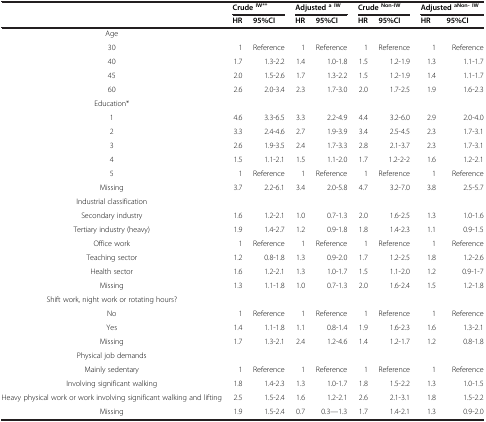
<table><thead><tr><td><b> </b></td><td colspan="2"><b>Crude<sup>IW**</sup></b></td><td colspan="2"><b>Adjusted<sup>a IW</sup></b></td><td colspan="2"><b>Crude<sup>Non-IW</sup></b></td><td colspan="2"><b>Adjusted<sup>aNon- IW</sup></b></td></tr><tr><td><b> </b></td><td><b>HR</b></td><td><b>95%CI</b></td><td><b>HR</b></td><td><b>95%CI</b></td><td><b>HR</b></td><td><b>95%CI</b></td><td><b>HR</b></td><td><b>95%CI</b></td></tr></thead><tbody><tr><td>Age</td><td colspan="8"> </td></tr><tr><td>30</td><td>1</td><td>Reference</td><td>1</td><td>Reference</td><td>1</td><td>Reference</td><td>1</td><td>Reference</td></tr><tr><td>40</td><td>1.7</td><td>1.3-2.2</td><td>1.4</td><td>1.0-1.8</td><td>1.5</td><td>1.2-1.9</td><td>1.3</td><td>1.1-1.7</td></tr><tr><td>45</td><td>2.0</td><td>1.5-2.6</td><td>1.7</td><td>1.3-2.2</td><td>1.5</td><td>1.2-1.9</td><td>1.4</td><td>1.1-1.7</td></tr><tr><td>60</td><td>2.6</td><td>2.0-3.4</td><td>2.3</td><td>1.7-3.0</td><td>2.0</td><td>1.7-2.5</td><td>1.9</td><td>1.6-2.3</td></tr><tr><td>Education*</td><td colspan="8"> </td></tr><tr><td>1</td><td>4.6</td><td>3.3-6.5</td><td>3.3</td><td>2.2-4.9</td><td>4.4</td><td>3.2-6.0</td><td>2.9</td><td>2.0-4.0</td></tr><tr><td>2</td><td>3.3</td><td>2.4-4.6</td><td>2.7</td><td>1.9-3.9</td><td>3.4</td><td>2.5-4.5</td><td>2.3</td><td>1.7-3.1</td></tr><tr><td>3</td><td>2.6</td><td>1.9-3.5</td><td>2.4</td><td>1.7-3.3</td><td>2.8</td><td>2.1-3.7</td><td>2.3</td><td>1.7-3.1</td></tr><tr><td>4</td><td>1.5</td><td>1.1-2.1</td><td>1.5</td><td>1.1-2.0</td><td>1.7</td><td>1.2-2-2</td><td>1.6</td><td>1.2-2.1</td></tr><tr><td>5</td><td>1</td><td>Reference</td><td>1</td><td>Reference</td><td>1</td><td>Reference</td><td>1</td><td>Reference</td></tr><tr><td>Missing</td><td>3.7</td><td>2.2-6.1</td><td>3.4</td><td>2.0-5.8</td><td>4.7</td><td>3.2-7.0</td><td>3.8</td><td>2.5-5.7</td></tr><tr><td>Industrial classification</td><td colspan="8"> </td></tr><tr><td>Secondary industry</td><td>1.6</td><td>1.2-2.1</td><td>1.0</td><td>0.7-1.3</td><td>2.0</td><td>1.6-2.5</td><td>1.3</td><td>1.0-1.6</td></tr><tr><td>Tertiary industry (heavy)</td><td>1.9</td><td>1.4-2.7</td><td>1.2</td><td>0.9-1.8</td><td>1.8</td><td>1.4-2.3</td><td>1.1</td><td>0.9-1.5</td></tr><tr><td>Office work</td><td>1</td><td>Reference</td><td>1</td><td>Reference</td><td>1</td><td>Reference</td><td>1</td><td>Reference</td></tr><tr><td>Teaching sector</td><td>1.2</td><td>0.8-1.8</td><td>1.3</td><td>0.9-2.0</td><td>1.7</td><td>1.2-2.5</td><td>1.8</td><td>1.2-2.6</td></tr><tr><td>Health sector</td><td>1.6</td><td>1.2-2.1</td><td>1.3</td><td>1.0-1.7</td><td>1.5</td><td>1.1-2.0</td><td>1.2</td><td>0.9-1-7</td></tr><tr><td>Missing</td><td>1.3</td><td>1.1-1.8</td><td>1.0</td><td>0.7-1.3</td><td>2.0</td><td>1.6-2.4</td><td>1.5</td><td>1.2-1.8</td></tr><tr><td>Shift work, night work or rotating hours?</td><td colspan="8"> </td></tr><tr><td>No</td><td>1</td><td>Reference</td><td>1</td><td>Reference</td><td>1</td><td>Reference</td><td>1</td><td>Reference</td></tr><tr><td>Yes</td><td>1.4</td><td>1.1-1.8</td><td>1.1</td><td>0.8-1.4</td><td>1.9</td><td>1.6-2.3</td><td>1.6</td><td>1.3-2.1</td></tr><tr><td>Missing</td><td>1.7</td><td>1.3-2.1</td><td>2.4</td><td>1.2-4.6</td><td>1.4</td><td>1.2-1.7</td><td>1.2</td><td>0.8-1.8</td></tr><tr><td>Physical job demands</td><td colspan="8"> </td></tr><tr><td>Mainly sedentary</td><td>1</td><td>Reference</td><td>1</td><td>Reference</td><td>1</td><td>Reference</td><td>1</td><td>Reference</td></tr><tr><td>Involving significant walking</td><td>1.8</td><td>1.4-2.3</td><td>1.3</td><td>1.0-1.7</td><td>1.8</td><td>1.5-2.2</td><td>1.3</td><td>1.0-1.5</td></tr><tr><td>Heavy physical work or work involving significant walking and lifting</td><td>2.5</td><td>1.5-2.4</td><td>1.6</td><td>1.2-2.1</td><td>2.6</td><td>2.1-3.1</td><td>1.8</td><td>1.5-2.2</td></tr><tr><td>Missing</td><td>1.9</td><td>1.5-2.4</td><td>0.7</td><td>0.3—1.3</td><td>1.7</td><td>1.4-2.1</td><td>1.3</td><td>0.9-2.0</td></tr></tbody></table>